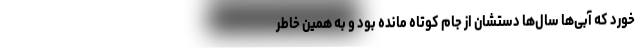
خورد که آبی‌ها سال‌ها دستشان از جام کوتاه مانده بود و به همین خاطر